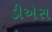
ડીએસ